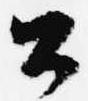
公